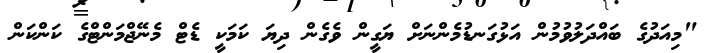
"މިއަދުގެ ބައްދަލުވުމުން އަޅުގަނޑުމެންނަށް ޔަގީން ވެގެން ދިޔަ ކަމަކީ ޑެޓް މެނޭޖްމަންޓްގެ ކަންކަން